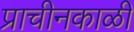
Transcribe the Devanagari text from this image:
प्राचीनकाळीं